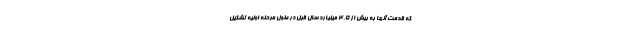
که قدمت آنها به بیش از ۴.۵ میلیارد سال قبل در طول مرحله اولیه تشکیل